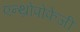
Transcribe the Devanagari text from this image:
एन्थ्रोपोफेजी